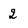
Character: 2